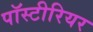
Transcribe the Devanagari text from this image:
पॉस्टीरियर